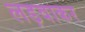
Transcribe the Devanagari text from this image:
लड़वाकर